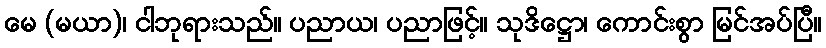
မေ (မယာ)၊ ငါဘုရားသည်။ ပညာယ၊ ပညာဖြင့်။ သုဒိဋ္ဌော၊ ကောင်းစွာ မြင်အပ်ပြီ။